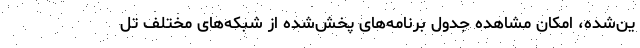
ین‌شده، امکان مشاهده جدول برنامه‌های پخش‌شده از شبکه‌های مختلف تل